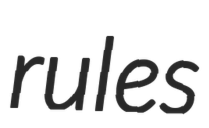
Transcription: rules